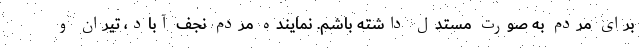
برای مردم به صورت مستدل داشته باشم. نماینده مردم نجف آباد، تیران و